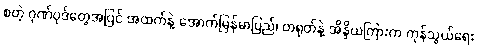
စတဲ့ ဂုဏ်ပုဒ်တွေအပြင် အထက်နဲ့ အောက်မြန်မာပြည်၊ တရုတ်နဲ့ အိန္ဒိယကြားက ကုန်သွယ်ရေး